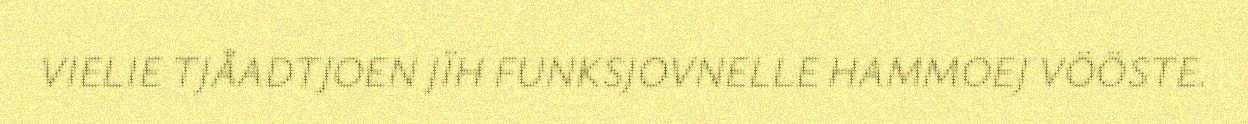
VIELIE TJÅADTJOEN JÏH FUNKSJOVNELLE HAMMOEJ VÖÖSTE.